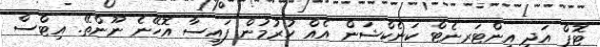
ޓޮޕް އަދި އިންޓަރނެޓް ކަނެކްޝަން އެއް ހުރުމުން ފައިސާ އޮހޭނެ ނޫންތޭ. އިޓްސް